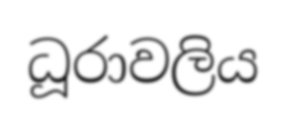
ධූරාවලිය